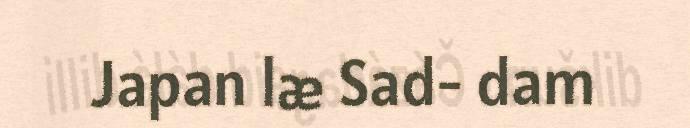
Japan læ Sad- dam